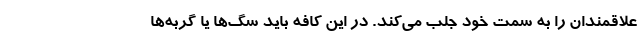
علاقمندان را به سمت خود جلب می‌کند. در این کافه باید سگ‌ها یا گربه‌ها